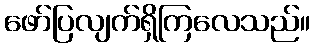
ဖော်ပြလျက်ရှိကြလေသည်။